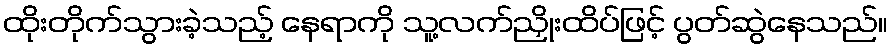
ထိုးတိုက်သွားခဲ့သည့် နေရာကို သူ့လက်ညှိုးထိပ်ဖြင့် ပွတ်ဆွဲနေသည်။